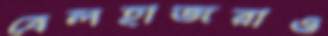
বেলহাজরাও